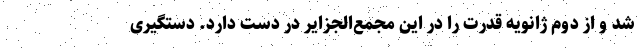
شد و از دوم ژانویه قدرت را در این مجمع‌الجزایر در دست دارد. دستگیری